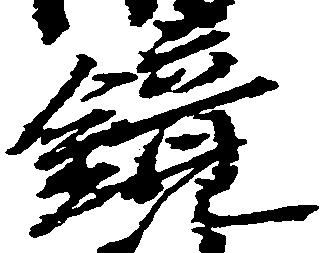
鏡